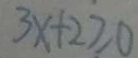
3 x + 2 \geq 0